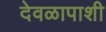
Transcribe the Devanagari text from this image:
देवळापाशी